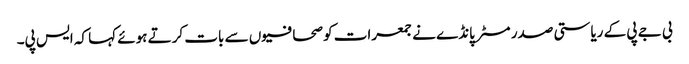
بی جے پی کے ریاستی صدر مسٹر پانڈے نے جمعرات کو صحافیوں سے بات کرتے ہوئے کہا کہ ایس پی۔